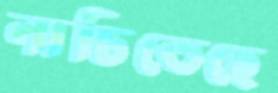
নাচিতেছে